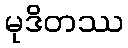
မုဒိတဿ